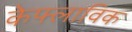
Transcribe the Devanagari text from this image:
केफ्लाविक